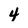
Character: 4